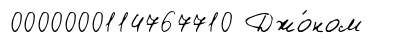
0000000114767710 Джо́ном